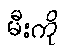
မီးကို